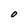
Character: 0